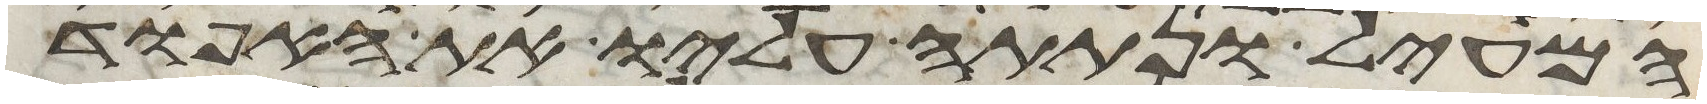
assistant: המעיל ונתתה עליו את האפוד